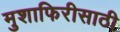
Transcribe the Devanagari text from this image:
मुशाफिरीसाठी